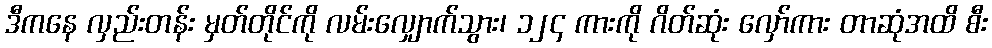
ဒီကနေ လှည်းတန်း မှတ်တိုင်ကို လမ်းလျှောက်သွား၊ ၁၂၄ ကားကို ဂိတ်ဆုံး လှော်ကား တာဆုံအထိ စီး